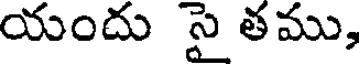
యందు సై తము,